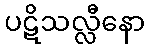
ပဋိသလ္လီနော